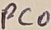
Text: PCO